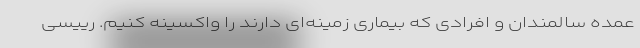
عمده سالمندان و افرادی که بیماری زمینه‌ای دارند را واکسینه کنیم. رییسی